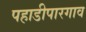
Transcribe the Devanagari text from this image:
पहाडीपारगाव